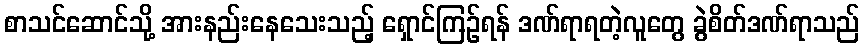
စာသင်ဆောင်သို့ အားနည်းနေသေးသည့် ရှောင်ကြဉ်ရန် ဒဏ်ရာရတဲ့လူတွေ ခွဲစိတ်ဒဏ်ရာသည်